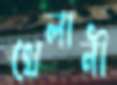
খেলানী